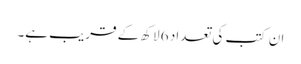
ان کتب کی تعداد 6 لاکھ کے قریب ہے۔